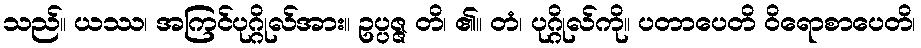
သည်။ ယဿ၊ အကြင်ပုဂ္ဂိုလ်အား။ ဥပ္ပဇ္ဇ တိ၊ ၏။ တံ၊ ပုဂ္ဂိုလ်ကို။ ပတာပေတိ ဝိရောစာပေတိ၊